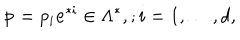
LaTeX: { \bf p } = p _ { i } { \bf e } ^ { * i } \in \Lambda ^ { * } , ; i = 1 , \dots , d ,